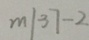
m \vert 3 7 - 2